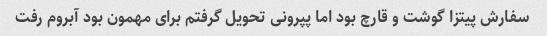
سفارش پیتزا گوشت و قارچ بود اما پپرونی تحویل گرفتم برای مهمون بود آبروم رفت